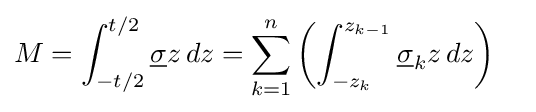
M=\int _{-t/2}^{t/2}{\underline {\sigma }}z\,dz=\sum _{k=1}^{n}\left(\int _{-z_{k}}^{z_{k-1}}{\underline {\sigma }}_{k}z\,dz\right)\quad